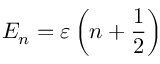
E _ { n } = \varepsilon \left( n + { \frac { 1 } { 2 } } \right)